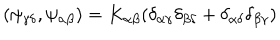
( \psi _ { \gamma \delta } , \psi _ { \alpha \beta } ) = K _ { \alpha \beta } ( \delta _ { \alpha \gamma } \delta _ { \beta \delta } + \delta _ { \alpha \delta } \delta _ { \beta \gamma } )